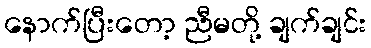
နောက်ပြီးတော့ ညီမတို့ ချက်ချင်း